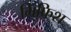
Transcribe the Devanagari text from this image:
ग्रिफिश